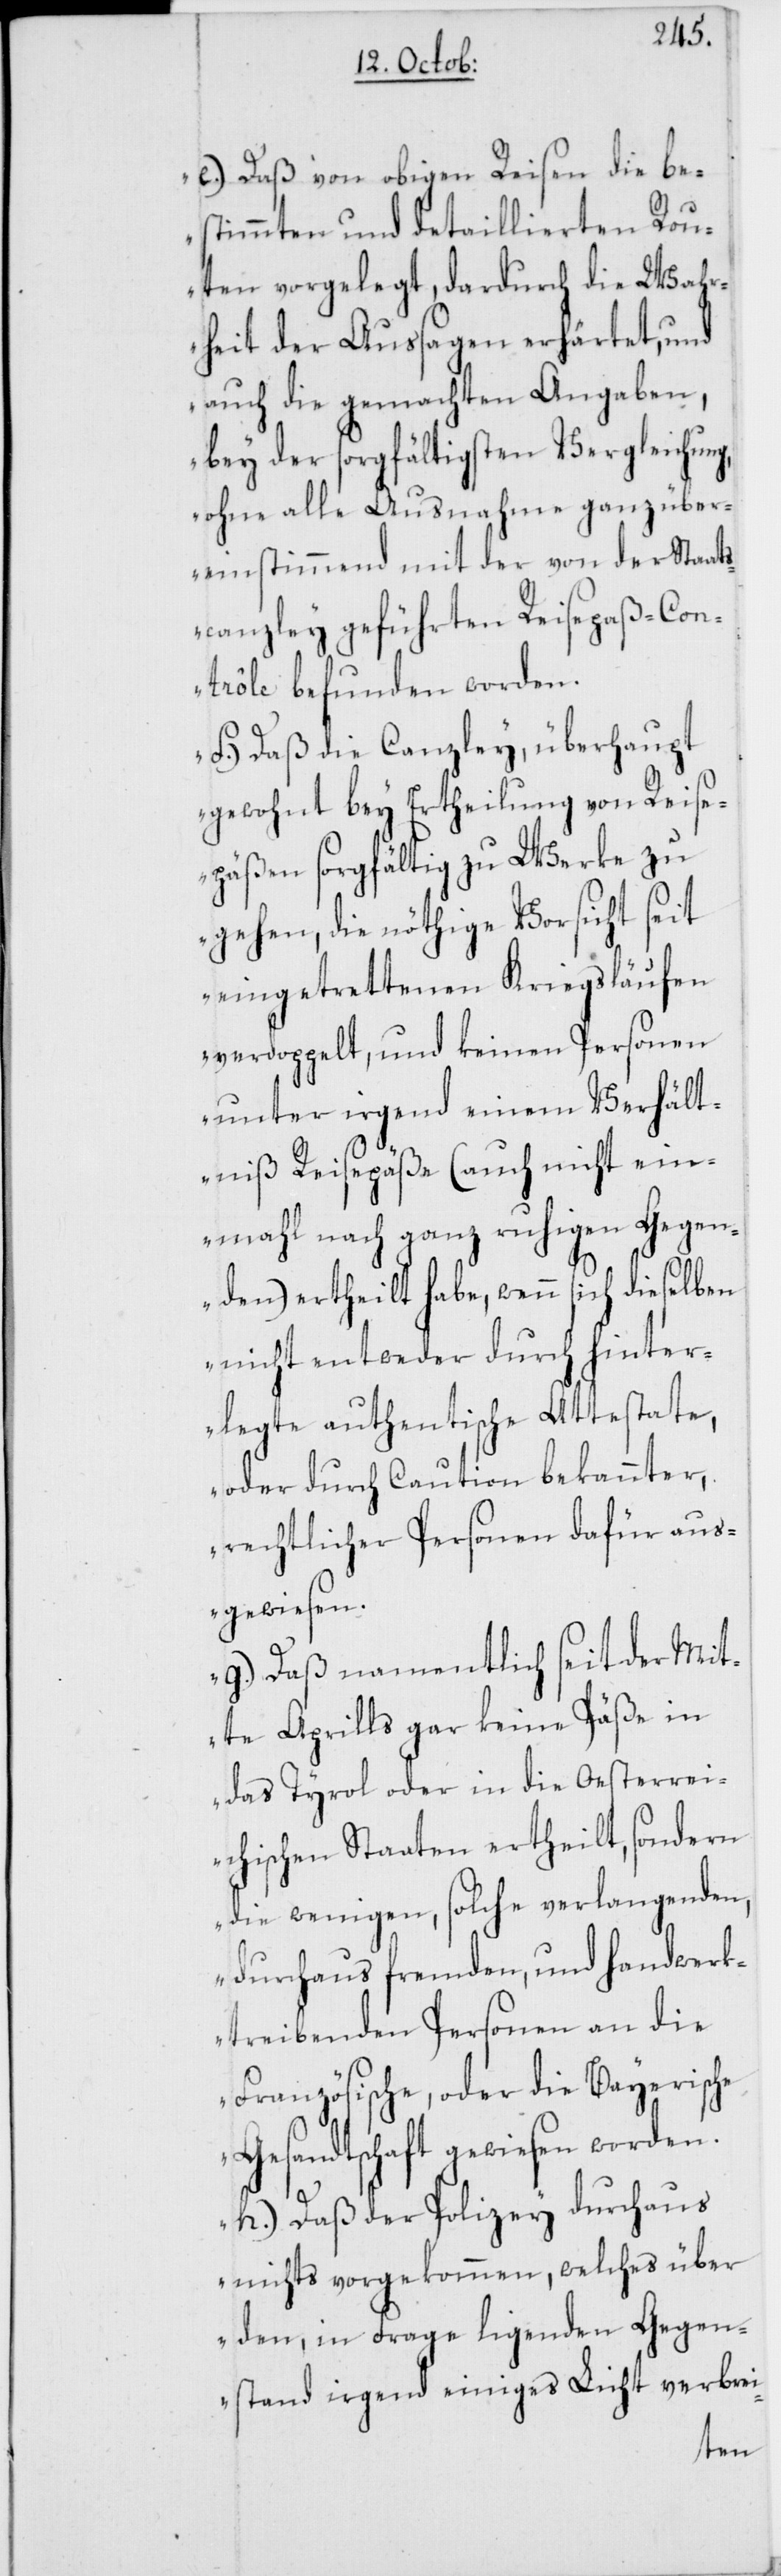
e.) Daß von obigen Reisen die be¬
stimmten und detaillierten Rou¬
ten vorgelegt, dardurch die Wahr¬
heit der Aussagen erhärtet, und
auch die gemachten Angaben,
bey der sorgfältigsten Vergleichung,
ohne alle Ausnahme ganz über¬
einstimmend mit der von der Staats¬
canzley geführten Reisepaß-Con¬
trôle befunden worden.
f.) Daß die Canzley, überhaupt
gewohnt bey Ertheilung von Reise¬
päßen sorgfältig zu Werke zu
gehen, die nöthige Vorsicht seit
eingetrettenen Kriegsläufen
verdoppelt, und keinen Personen
unter irgend einem Verhält¬
niß Reisepäße (auch nicht ein¬
mahl nach ganz ruhigen Gegen¬
den) ertheilt habe, wenn sich dieselben
nicht entweder durch hinter¬
legte authentische Attestate,
oder durch Caution bekannter,
rechtlicher Personen dafür aus¬
gewiesen.
g.) Daß namentlich seit der Mit¬
te Aprills gar keine Päße in
das Tyrol oder in die Oesterrei¬
chischen Staaten ertheilt, sondern
die wenigen, solche verlangenden,
durchaus fremden, und handwerk¬
treibenden Personen an die
Französische, oder die Bayerische
Gesandtschaft gewiesen worden.
h.) Daß der Polizey durchaus
nichts vorgekommen, welches über
den, in Frage ligenden Gegen¬
stand irgend einiges Licht verbrei-